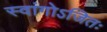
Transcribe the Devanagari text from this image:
स्वांगोऽजितः